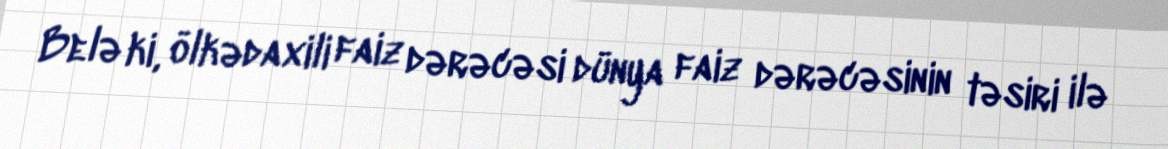
Belə ki, ölkədaxili faiz dərəcəsi dünya faiz dərəcəsinin təsiri ilə